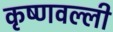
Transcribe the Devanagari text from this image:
कृष्णवल्ली